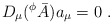
\begin{align*}D_\mu( ^\phi\bar{A})a_\mu =0\ .\end{align*}